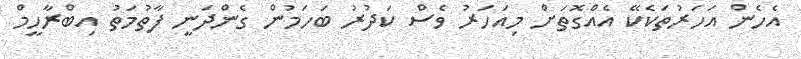
އެހެން އަހަރުތަކެކޭ އެއްގޮތަށް މިއަހަރު ވެސް ކަދުރު ބަހަމުން ގެންދަނީ ފާތުމަތު އިބްރާހީމް